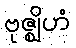
ဗုဇ္ဈိဟံ